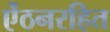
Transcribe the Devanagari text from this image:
ऐंठनरहित